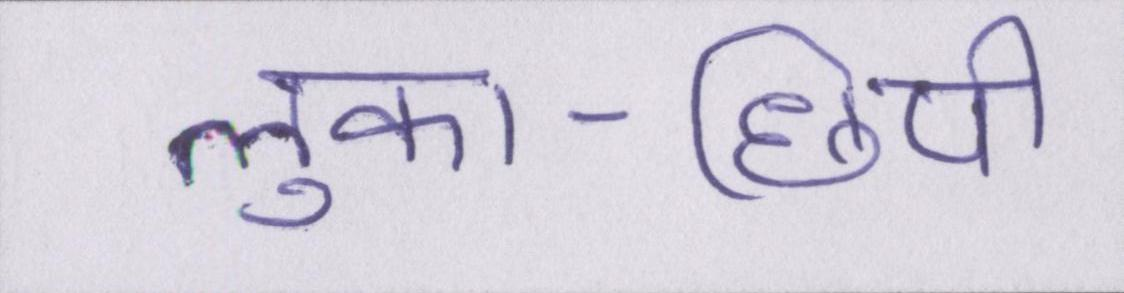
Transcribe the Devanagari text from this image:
लुका-छिपी